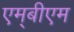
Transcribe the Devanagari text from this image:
एम्‌बीएम